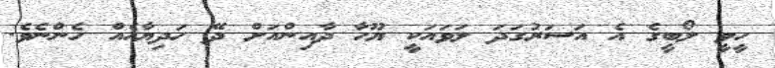
ހީވީ ލޯބީގެ އެ އަސަރުގަދަ ލަވައަކީ ޔޫހާ ދާއިންއަށް ދޭ ހަދިޔާއެއް ހެންނެވެ.